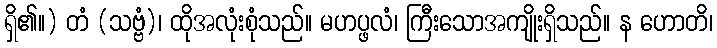
ရှိ၏။) တံ (သဗ္ဗံ)၊ ထိုအလုံးစုံသည်။ မဟပ္ဖလံ၊ ကြီးသောအကျိုးရှိသည်။ န ဟောတိ၊